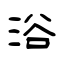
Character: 浴